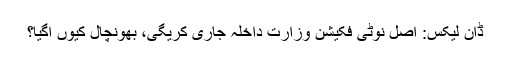
ڈان لیکس: اصل نوٹی فکیشن وزارت داخلہ جاری کریگی، بھونچال کیوں آگیا؟